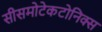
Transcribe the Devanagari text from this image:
सीसमोटेकटोनिक्‍स